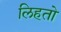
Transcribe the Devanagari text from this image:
लिहतो